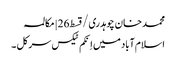
محمد خان چوہدری/قسط26 | مکالمہ
اسلام آباد میں اِنکم ٹیکس سرکل ۔